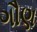
ગૌણ